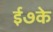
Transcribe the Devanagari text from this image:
ई७के